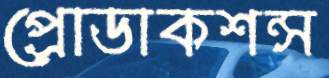
প্রোডাকশন্স